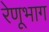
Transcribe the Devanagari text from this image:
रेणूभाग